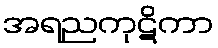
အရညကုဋိကာ